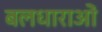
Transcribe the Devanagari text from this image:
बलधाराओं